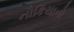
નોકિયાનો